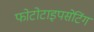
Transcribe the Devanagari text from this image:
फोटोटाइपसेटिंग